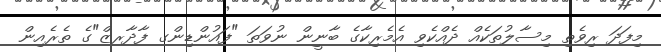
މިފަދަ ރިވެތި މިސާލުތަކެއް ދެއްކެވި އެމެރިކާގެ ބާނީން ނުވަތަ "ފައުންޑިންގ ފާދާރޒް"ގެ ތެރެއިން